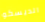
الديسكو